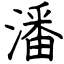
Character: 潘